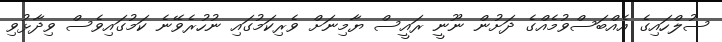
ސުލްހައިގެ އެއްބަސްވުމެއްގެ ދަށުން ނޫނީ ރައީސް ޔާމިނަށް ވެރިކަމުގައި ނުހުރެވޭނެ ކަމުގައިވެސް ވިދާޅުވި